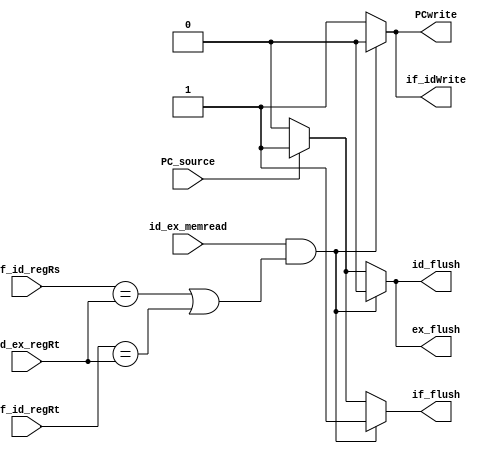
`timescale 1ns / 1ps
//////////////////////////////////////////////////////////////////////////////////
// Company: 
// 
// Design Name: 
// Module Name: hazard_detection
// Project Name: 
// Target Devices: 
// Tool Versions: 
// Description: 
// 
// Dependencies: 
// 
// Revision:
// Revision 0.01 - File Created
// Additional Comments:
// 
//////////////////////////////////////////////////////////////////////////////////


module hazard_detection(
    id_ex_regRt,
    id_ex_memread,
    if_id_regRs,
    if_id_regRt,
    PC_source,
    PCwrite,
    if_idWrite,
    if_flush,
    id_flush,
    ex_flush
    

    );
    input [4:0]id_ex_regRt;
    input [4:0]if_id_regRs;
    input [4:0]if_id_regRt;
    input id_ex_memread;
    input PC_source;
    output reg PCwrite;
    output reg  if_idWrite;
    output reg if_flush;
    output reg id_flush;
    output reg ex_flush;
    
     
always@(*)begin
    if(id_ex_memread && ((if_id_regRs == id_ex_regRt)|(if_id_regRt == id_ex_regRt)))begin
        PCwrite = 1'b0;
        if_idWrite = 1'b0;
        if_flush = 1'b1;
        id_flush = 1'b0;
        ex_flush = 1'b0;
    end
    else if(PC_source)begin
        PCwrite = 1'b1;
        if_idWrite = 1'b1;
        if_flush = 1'b1;
        id_flush = 1'b1;
        ex_flush = 1'b1;
    end
    else begin
        PCwrite = 1'b1;
        if_idWrite = 1'b1;
        if_flush = 1'b0;
        id_flush = 1'b0;
        ex_flush = 1'b0;
    end
  

end    
    
endmodule